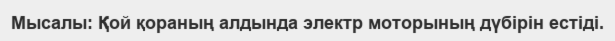
Мысалы: Қой қораның алдында электр моторының дүбірін естіді.